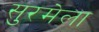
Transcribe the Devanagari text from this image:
सुरमेला